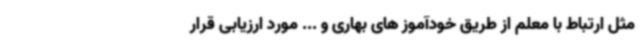
مثل ارتباط با معلم از طریق خودآموز های بهاری و ... مورد ارزیابی قرار